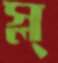
স্ল্